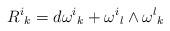
LaTeX: \begin{align*}{{R}^{i}}_{k} = d{{\omega}^{i}}_{k} + {{\omega}^{i}}_{l} \wedge {{\omega}^{l}}_{k}\end{align*}